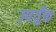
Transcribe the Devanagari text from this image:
उपयुँक्त